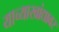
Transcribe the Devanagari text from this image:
याच्याखांद्यावर